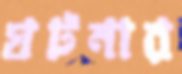
ঘটনার